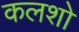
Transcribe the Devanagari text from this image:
कलशो